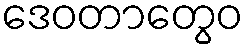
ဒေဝတာတွေဝ